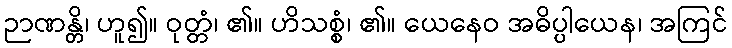
ဉာဏန္တိ၊ ဟူ၍။ ဝုတ္တံ၊ ၏။ ဟိသစ္စံ၊ ၏။ ယေနေဝ အဓိပ္ပါယေန၊ အကြင်